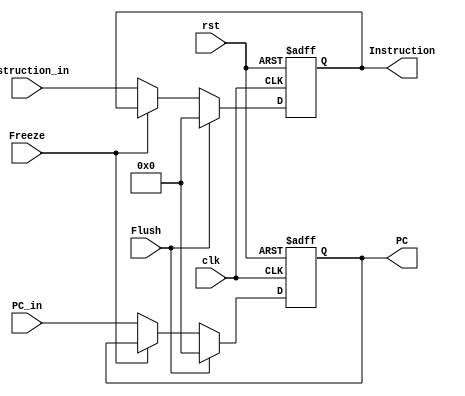
module IF_Stage_reg
	(
		input clk,
		input rst,
		input Freeze,
		input Flush,
		input [31:0] PC_in,
		input [31:0] Instruction_in,
		output reg [31:0] PC,
		output reg [31:0] Instruction
	);
	always@(posedge clk , posedge rst) 
	begin 
		if(rst)
		begin
			PC<= 31'b0;
			Instruction<= 31'b0;
		end	
		else if(Flush) begin 
			PC<= 32'b0;
			Instruction<= 32'b0;
		end
		else if(!Freeze)
		begin 
			PC<= PC_in;
			Instruction<= Instruction_in;
		end
	end

endmodule // IF_Stage_reg